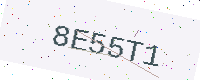
Text: 8E55T1